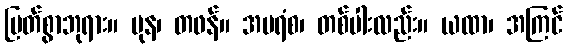
မြတ်စွာဘုရား။ ပုန၊ တဖန်။ အပရံစ၊ တစ်ပါးလည်း။ ယထာ၊ အကြင်